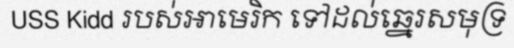
USS Kidd របស់អាមេរិក ទៅដល់ឆ្នេរសមុទ្រ